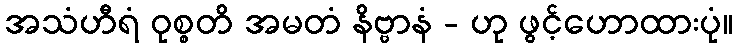
အသံဟီရံ ဝုစ္စတိ အမတံ နိဗ္ဗာနံ - ဟု ဖွင့်ဟောထားပုံ။